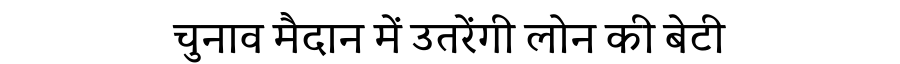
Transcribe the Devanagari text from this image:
चुनाव मैदान में उतरेंगी लोन की बेटी